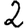
Digit: 2